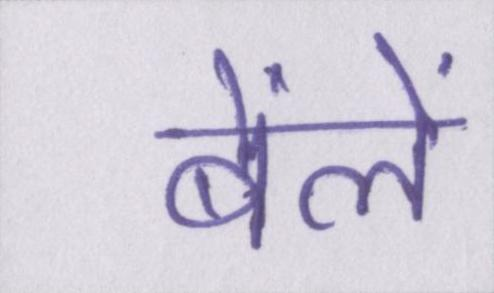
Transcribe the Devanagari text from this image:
बेंलें